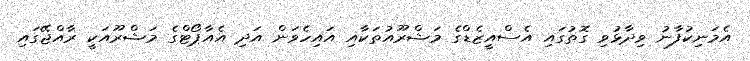
އެމަނިކުފާނު ވިދާޅުވި ގޮތުގައި އެސްއީޒެޑްގެ މަޝްރޫއުތަކާއި އައިހެވަން އަދި އެއާޕޯޓްގެ މަޝްރޫއަކީ ރާއްޖޭގައި